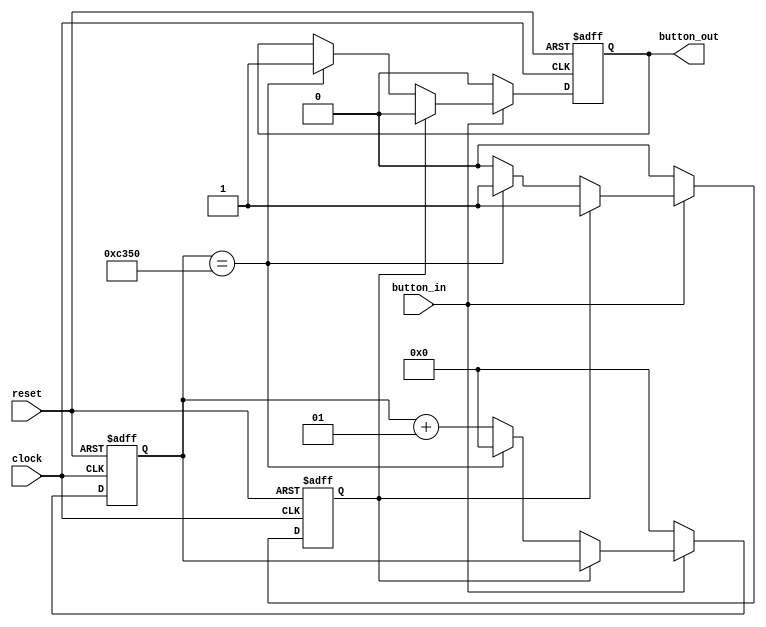
`timescale 1ns / 1ps

module debouncer_select(clock,reset, button_in, button_out);
    input clock, reset, button_in;
    output reg button_out;
    reg output_exists;
    // reg [1:0] cs, ns;
    parameter s0 = 1'b0, s1=1'b1; 
    
    parameter MAX=50000; // random number
    integer deb_count;
    initial begin
        deb_count = 0;
        output_exists = 1'b0;
        button_out = 1'b0;
    end
    always @ (posedge clock, posedge reset) begin
        if (reset) begin
           deb_count <= 0;
            output_exists <= 1'b0;
            button_out <= 1'b0;
        end else begin
            if (button_in == 1'b1) begin
                if (output_exists == 0) begin
                    deb_count <= deb_count + 1;
                    if (deb_count == MAX) begin
                        button_out <= 1;
                        deb_count <= 0;
                        output_exists <= 1;
                     end
                 end else begin
                    button_out <= 1'b0;
                    
                 end
            end else begin
                deb_count <= 0;
                output_exists <= 1'b0;
                button_out <= 1'b0;
            end
        end
    end
endmodule